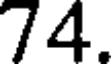
74.